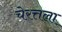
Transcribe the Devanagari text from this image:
चेरत्तला